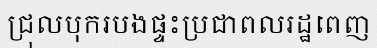
ជ្រុលបុករបងផ្ទះប្រជាពលរដ្ឋពេញ